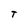
Character: T